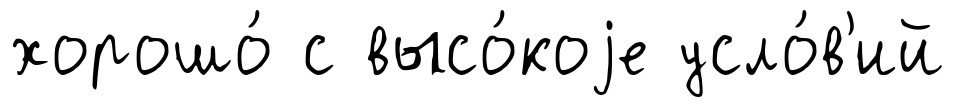
хорошо́ с высо́коjе усло́в'ий